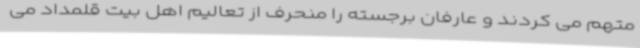
متهم می کردند و عارفان برجسته را منحرف از تعالیم اهل بیت قلمداد می